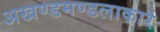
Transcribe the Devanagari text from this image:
अखण्डमण्डलाकारं